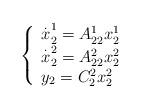
LaTeX: \begin{align*}\left\{\begin{array}{l}\overset{.}{x}_{2}^{1}=A_{22}^{1}x_{2}^{1} \\\overset{.}{x}_{2}^{2}=A_{22}^{2}x_{2}^{2}\ \\y_{2}=C_{2}^{2}x_{2}^{2}\qquad\end{array}\right.\end{align*}